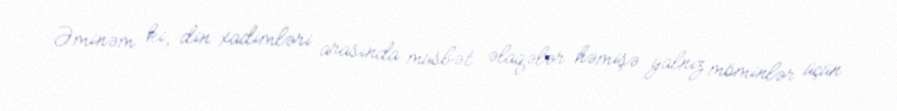
Əminəm ki, din xadimləri arasında müsbət əlaqələr həmişə yalnız möminlər üçün